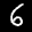
Label: 6